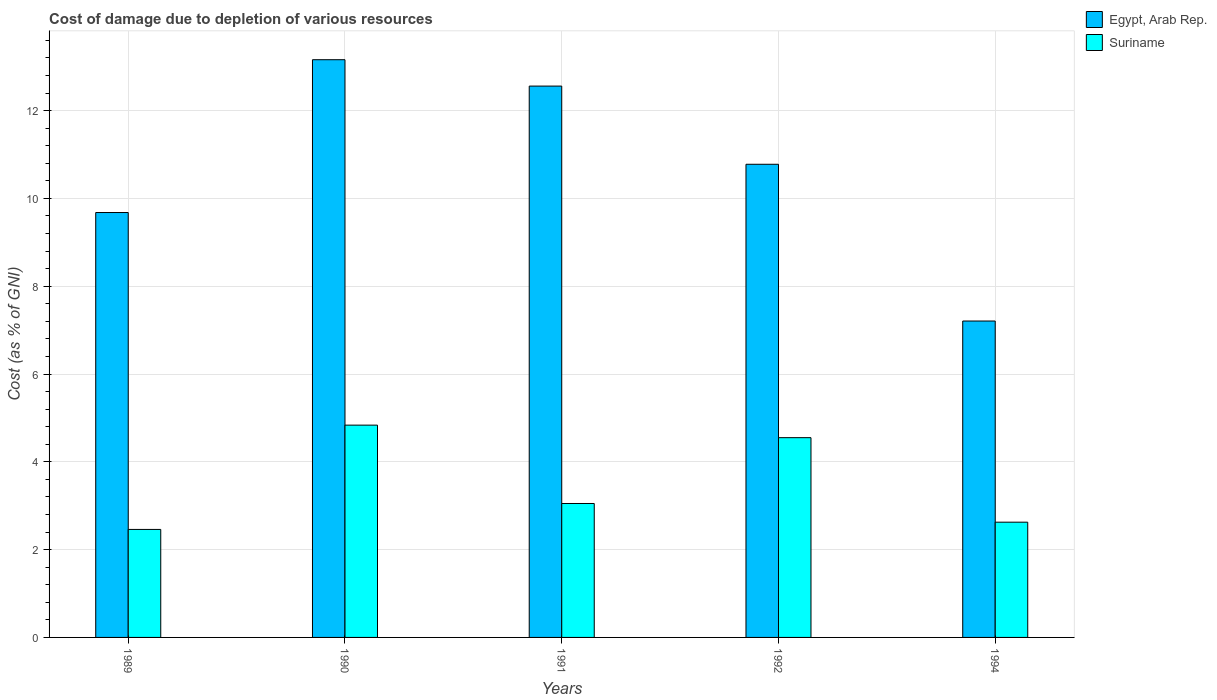
| Years | Egypt, Arab Rep. | Suriname |
 | --- | --- | --- |
 | 1989 | 9.68 | 2.46 |
 | 1990 | 13.2 | 4.84 |
 | 1991 | 12.6 | 3.05 |
 | 1992 | 10.8 | 4.55 |
 | 1994 | 7.21 | 2.62 |